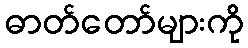
ဓာတ်တော်များကို